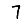
Digit: 7